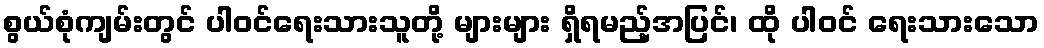
စွယ်စုံကျမ်းတွင် ပါဝင်ရေးသားသူတို့ များများ ရှိရမည့်အပြင်၊ ထို ပါဝင် ရေးသားသော